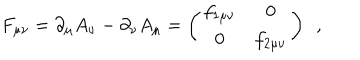
LaTeX: F _ { \mu \nu } = \partial _ { \mu } A _ { \nu } - \partial _ { \nu } A _ { \mu } = \left( \begin{matrix} { { f _ { 1 \mu \nu } } } & { { 0 } } \\ { { 0 } } & { { f _ { 2 \mu \nu } } } \\ \end{matrix} \right) ~ ~ ,